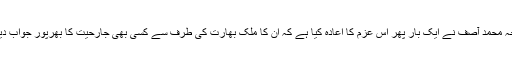
پاکستان کے وزیر دفاع خواجہ محمد آصف نے ایک بار پھر اس عزم کا اعادہ کیا ہے کہ ان کا ملک بھارت کی طرف سے کسی بھی جارحیت کا بھرپور جواب دینے کی صلاحیت رکھتا ہے۔